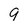
Character: 9